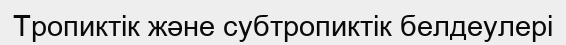
Тропиктік және субтропиктік белдеулері